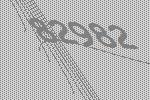
82982